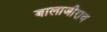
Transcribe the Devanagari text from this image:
बालाजीराव